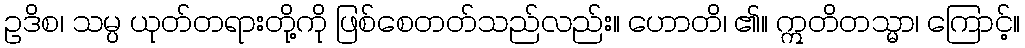
ဥဒိစ၊ သမ္ပ ယုတ်တရားတို့ကို ဖြစ်စေတတ်သည်လည်း။ ဟောတိ၊ ၏။ ဣတိတသ္မာ၊ ကြောင့်။